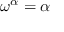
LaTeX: \omega ^ { \alpha } = \alpha